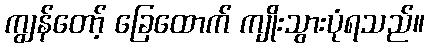
ကျွန်တော့် ခြေထောက် ကျိုးသွားပုံရသည်။